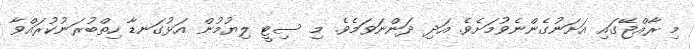
މި ރާއްޖޭގައި އަށަނުގެންނެވުމަށެވެ. އަދި ދަންނަވަމެވެ. މި ސިޓީ ލިޔުމުން އަޅުގަނޑާ ހިތްބުރަނުކުރައްވާ